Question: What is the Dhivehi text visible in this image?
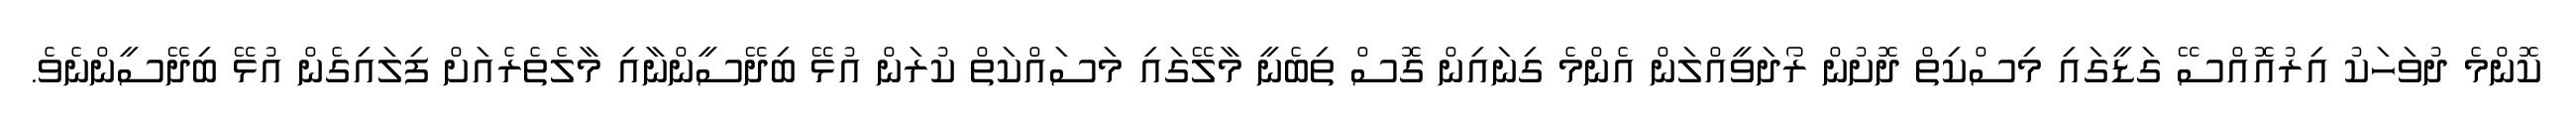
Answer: ކޮންމެ ދުވަހަކު އިރުއޮއްސޭ ގަޑީގައި މިސްކިތް ދޮށުން ރޯދަވީއްލަން އެންމެ ގިނައިން ގޮސް ތިބެނީ މާލޭގައި މަސައްކަތް ކުރަން އުޅޭ ބިދޭސީންނާއި މާލެތެރެއަށް ފިލައިގެން އުޅޭ ބިދޭސީންނެވެ.